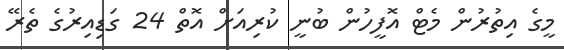
މީގެ އިތުރުން މެޓް އޮފީހުން ބުނީ ކުރިއަށް އޮތް 24 ގަޑިއިރުގެ ތެރޭ